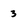
Character: 3